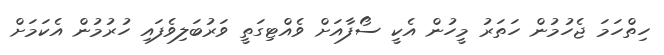
ހިތްހަމަ ޖެހުމުން ހަތަރު މީހުން އެކީ ސޯފާއަށް ވެއްޓިގަތީ ވަރުބަލިވެފައި ހުރުމުން އެކަމަށް